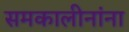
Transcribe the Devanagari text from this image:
समकालीनांना